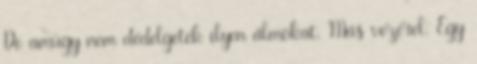
De amúgy nem dédelgetek ilyen álmokat. Más vezérel. Egy